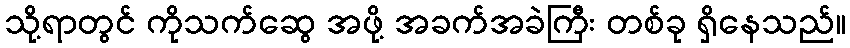
သို့ရာတွင် ကိုသက်ဆွေ အဖို့ အခက်အခဲကြီး တစ်ခု ရှိနေသည်။